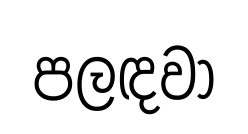
පලඳවා